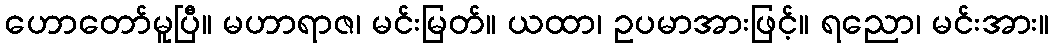
ဟောတော်မူပြီ။ မဟာရာဇ၊ မင်းမြတ်။ ယထာ၊ ဥပမာအားဖြင့်။ ရညော၊ မင်းအား။